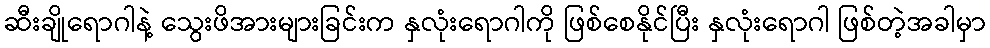
ဆီးချိုရောဂါနဲ့ သွေးဖိအားများခြင်းက နှလုံးရောဂါကို ဖြစ်စေနိုင်ပြီး နှလုံးရောဂါ ဖြစ်တဲ့အခါမှာ